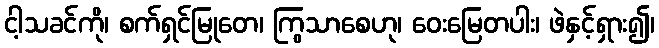
ငါ့သခင်ကို၊ စက်ရှင်မြုတေ၊ ကြွသာစေဟု၊ ဝေးမြေတပါး၊ ဖဲနှင့်ရှား၍၊